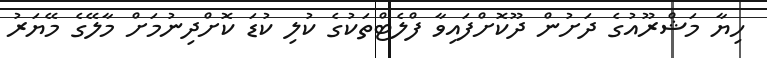
ހިޔާ މަޝްރޫއުގެ ދަށުން ދޫކޮށްފައިވާ ފްލެޓްތަކުގެ ކުލި ކުޑަ ކޮށްދިނުމަށް މާލޭގެ މޭޔަރު